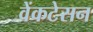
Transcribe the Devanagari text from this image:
वेंकटेसन